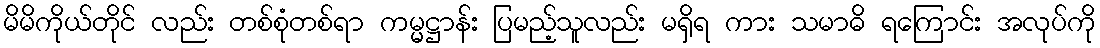
မိမိကိုယ်တိုင် လည်း တစ်စုံတစ်ရာ ကမ္မဋ္ဌာန်း ပြမည့်သူလည်း မရှိရ ကား သမာဓိ ရကြောင်း အလုပ်ကို